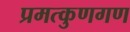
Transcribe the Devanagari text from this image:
प्रमत्कुणगण